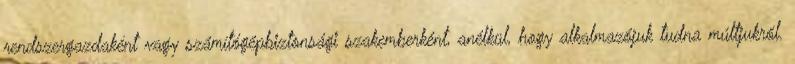
rendszergazdaként vagy számítógépbiztonsági szakemberként, anélkül, hogy alkalmazójuk tudna múltjukról.